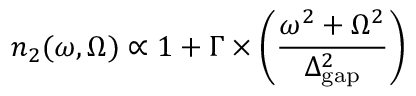
n _ { 2 } ( \omega , \Omega ) \propto 1 + \Gamma \times \left( \frac { \omega ^ { 2 } + \Omega ^ { 2 } } { \Delta _ { \mathrm { g a p } } ^ { 2 } } \right)